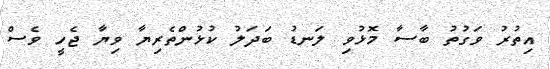
އިތުރު ވަގުތު ބާސާ މޮޅުވި ލަނޑު ބަދަލު ކުޅުންތެރިޔާ ވިޔާ ޖެހީ ވެސް